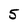
Character: 5